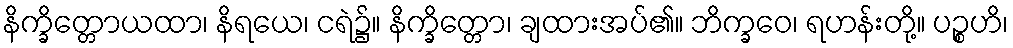
နိက္ခိတ္တောယထာ၊ နိရယေ၊ ငရဲ၌။ နိက္ခိတ္တော၊ ချထားအပ်၏။ ဘိက္ခဝေ၊ ရဟန်းတို့။ ပဉ္စဟိ၊